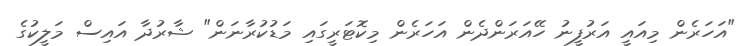
"އަހަރެން މިއައީ އަރުފީނު ހޭއަރަންދެން އަހަރެން މިކޮޓަރީގައި މަޑުކުރާނަން" ޝާރުދާ އައިސް މަލީކުގެ